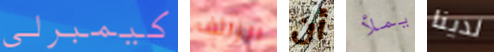
كيمبرلي الزائف أن يملأ لدينا